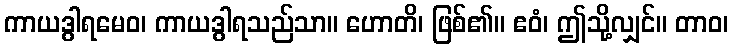
ကာယဒွါရမေဝ၊ ကာယဒွါရသည်သာ။ ဟောတိ၊ ဖြစ်၏။ ဧဝံ၊ ဤသို့လျှင်။ တာဝ၊